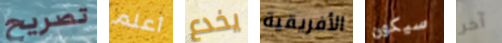
تصريح أعلم يخدع الأفريقية سيكون آخر